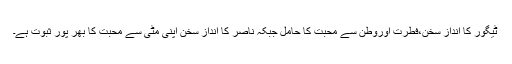
ٹیگور کا انداز سخن،فطرت اوروطن سے محبت کا حامل جبکہ ناصر کا انداز سخن اپنی مٹی سے محبت کا بھر پور ثبوت ہے۔